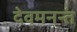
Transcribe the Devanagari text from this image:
देवमनन्तं